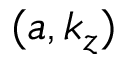
( a , k _ { z } )